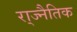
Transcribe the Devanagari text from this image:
रा्ज्नैतिक